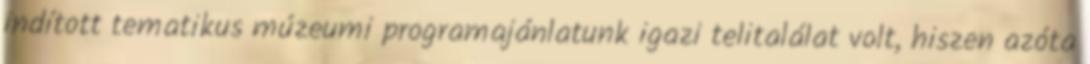
indított tematikus múzeumi programajánlatunk igazi telitalálat volt, hiszen azóta